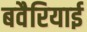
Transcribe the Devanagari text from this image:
बवैरियाई